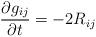
LaTeX: \begin{align*} \frac{\partial g_{ij}}{\partial t} = - 2R_{ij}\end{align*}